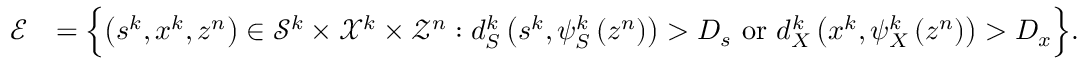
\begin{array} { r l } { \mathcal { E } } & { = \Big \{ { \left( s ^ { k } , x ^ { k } , z ^ { n } \right) \in \mathcal { S } ^ { k } \times \mathcal { X } ^ { k } \times \mathcal { Z } ^ { n } } : { d _ { S } ^ { k } \left( s ^ { k } , \psi _ { S } ^ { k } \left( z ^ { n } \right) \right) > D _ { s } \mathrm { ~ o r ~ } d _ { X } ^ { k } \left( x ^ { k } , \psi _ { X } ^ { k } \left( z ^ { n } \right) \right) > D _ { x } } \Big \} . } \end{array}